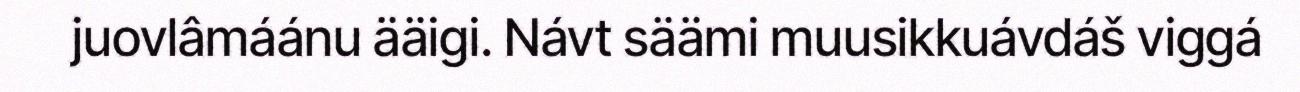
juovlâmáánu ääigi. Návt säämi muusikkuávdáš viggá